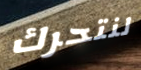
لنتحرك